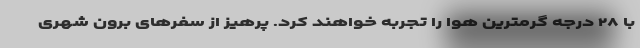
با ۲۸ درجه گرمترین هوا را تجربه خواهند کرد. پرهیز از سفرهای برون شهری